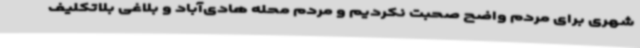
شهری برای مردم واضح صحبت نکردیم و مردم محله هادی‌آباد و بلاغی بلاتکلیف